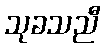
သုခသညီ